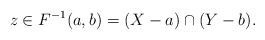
\begin{align*}z \in F^{-1}(a,b) = (X-a) \cap (Y-b). \end{align*}